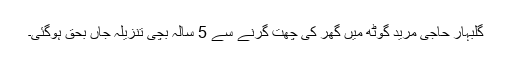
گلبہار حاجی مرید گوٹھ میں گھر کی چھت گرنے سے 5 سالہ بچی تنزیلہ جاں بحق ہوگئی۔